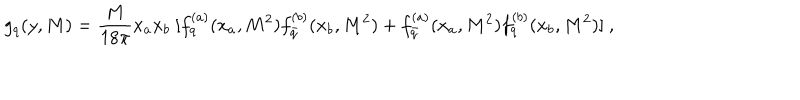
LaTeX: g _ { q } ( y , M ) = { \frac { M } { 1 8 \pi } } x _ { a } x _ { b } \ [ f _ { q } ^ { ( a ) } ( x _ { a } , M ^ { 2 } ) f _ { \bar { q } } ^ { ( b ) } ( x _ { b } , M ^ { 2 } ) + f _ { \bar { q } } ^ { ( a ) } ( x _ { a } , M ^ { 2 } ) f _ { q } ^ { ( b ) } ( x _ { b } , M ^ { 2 } ) ] \ ,